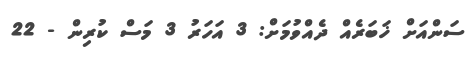
ސަންއަށް ޚަބަރެއް ދެއްވުމަށް: 3 އަހަރު 3 މަސް ކުރިން - 22